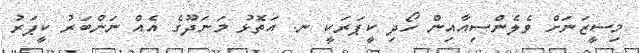
މިސީޒަނަށް ވެެލެންސިއާއިން ހޯދި ކީޕަރަކީ ނ. އަތޮޅު މަނަދޫގެ އެއް ނަންބަރު ކީޕަރު